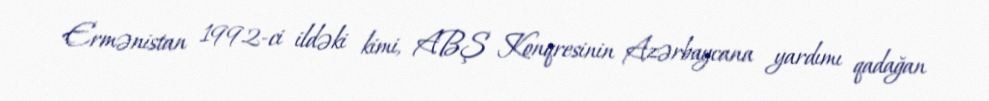
Ermənistan 1992-ci ildəki kimi, ABŞ Konqresinin Azərbaycana yardımı qadağan